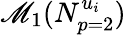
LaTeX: \mathscr{M}_{1}(N_{p=2}^{u_{i}})